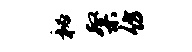
秘粲仿